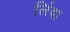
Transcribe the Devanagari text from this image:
लिंवा